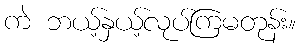
ကဲ ဘယ့်နှယ့်လုပ်ကြမတုန်း။